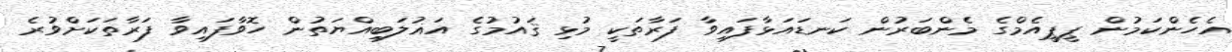
އެހެންކަމުން ޕީޕީއެމްގެ މެންބަރުން ކަނޑައަޅާފައިވާ ފަރާތަކީ މުޅި ޤައުމުގެ އަޣުލަބިއްޔަތުން ހޮވާފައިވާ ފަރާތަކަށްވުރެ